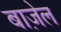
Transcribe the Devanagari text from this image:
बाज़ेल